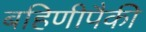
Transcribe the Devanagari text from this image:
बहिणीपैकी